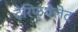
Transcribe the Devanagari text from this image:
टेरिफ्थेलेट